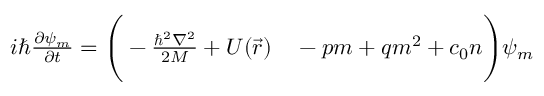
\begin{array} { r l } { i \hbar \frac { \partial \psi _ { m } } { \partial t } = \Bigg ( - \frac { \hbar ^ { 2 } \nabla ^ { 2 } } { 2 M } + U ( \vec { r } ) } & { { } - p m + q m ^ { 2 } + c _ { 0 } n \Bigg ) \psi _ { m } } \end{array}